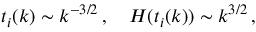
t _ { i } ( k ) \sim k ^ { - 3 / 2 } \, , ~ ~ ~ H ( t _ { i } ( k ) ) \sim k ^ { 3 / 2 } \, ,